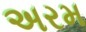
અરમ